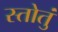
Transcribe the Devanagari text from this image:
स्तोतुं